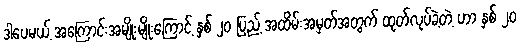
ဒါပေမယ့် အကြောင်းအမျိုးမျိုးကြောင့် နှစ် ၂၀ ပြည့် အထိမ်းအမှတ်အတွက် ထုတ်လုပ်ခဲ့တဲ့ ဟာ နှစ် ၂၀